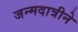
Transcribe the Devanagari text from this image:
जन्मदात्रीने